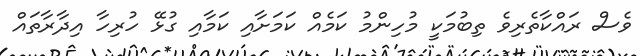
ވެސް ރައްކާތެރިވެ ތިބުމަކީ މުހިންމު ކަމެއް ކަމަށާއި ކަމާއި ގުޅޭ ހުރިހާ އިދާރާތައް